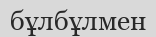
бұлбұлмен